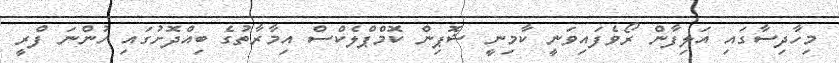
މިހާދިސާގައި އަލިފާން ރޯވެފައިވަނީ ކާމިނީ ޝޮޕިން ކޮމްޕްލެކްސް އިމާރާތުގެ ބިއްދޮށުގައި ހުންނަ ފްރީ